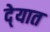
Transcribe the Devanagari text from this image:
दे्यात